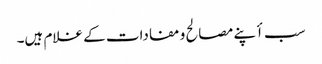
سب أپنے مصالح و مفادات کے غلام ہیں۔